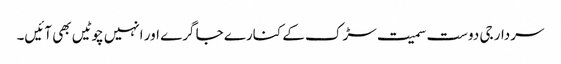
سردار جی دوست سمیت سڑک کے کنارے جا گرے اور انہیں چوٹیں بھی آئیں۔